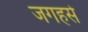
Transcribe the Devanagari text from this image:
जगहसे